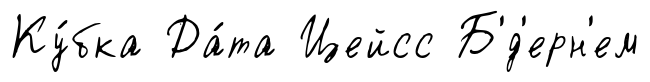
Ку́бка Да́та Цейсс Б'́д'ерн'ем